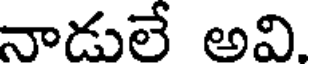
నాడులే అవి.